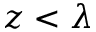
z < \lambda